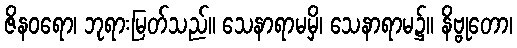
ဇိနဝရော၊ ဘုရားမြတ်သည်။ သေနာရာမမှိ၊ သေနာရာမ၌။ နိဗ္ဗုတော၊